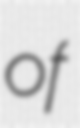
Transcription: of